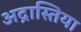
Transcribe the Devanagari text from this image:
अद्रास्तिया